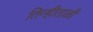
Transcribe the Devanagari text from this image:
तिन्हीताळी